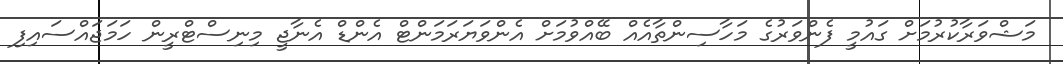
މަޝްވަރާކުރުމަށް ގައުމީ ފެންވަރުގެ މަހާސިންތާއެއް ބޭއްވުމަށް އެންވަޔަރަމަންޓް އެންޑް އެނާޖީ މިނިސްޓްރީން ހަމަޖައްސައިފި